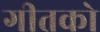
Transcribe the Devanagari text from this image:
गीतको